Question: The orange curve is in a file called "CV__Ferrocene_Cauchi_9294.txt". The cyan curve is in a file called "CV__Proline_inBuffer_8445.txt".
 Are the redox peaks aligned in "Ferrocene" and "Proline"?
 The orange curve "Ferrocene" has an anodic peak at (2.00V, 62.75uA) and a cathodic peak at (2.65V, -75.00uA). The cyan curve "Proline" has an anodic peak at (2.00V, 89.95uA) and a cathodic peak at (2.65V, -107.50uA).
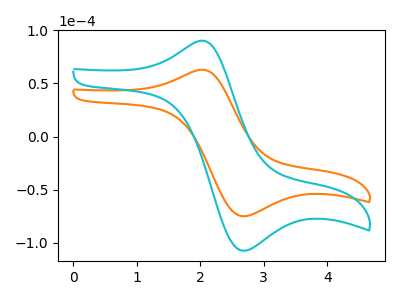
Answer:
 <answer>Yes, "Ferrocene" have a peak in "Proline" at the same potential.</answer>
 <eval>match</eval>